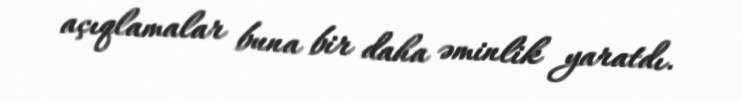
açıqlamalar buna bir daha əminlik yaratdı.